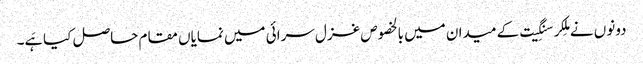
دونوں نے مِلکر سنگِیت کے میدان میں بالخصوص غزل سرائی میں نمایاں مقام حاصل کیا ہَے۔